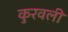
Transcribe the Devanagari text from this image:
कुरवली